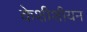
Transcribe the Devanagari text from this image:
केशीशीयन